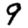
Digit: 9